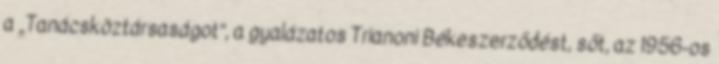
a „Ta­nács­köztársaságot”, a gyalázatos Trianoni Béke­szerződést, sőt, az 1956-os